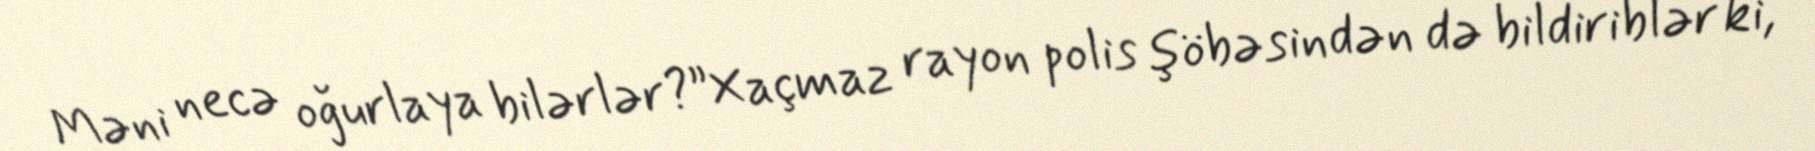
Məni necə oğurlaya bilərlər?”Xaçmaz rayon polis şöbəsindən də bildiriblər ki,